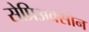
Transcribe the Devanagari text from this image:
सेप्रिअक्सोन